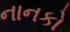
નાનકો